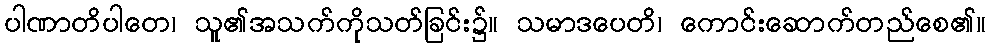
ပါဏာတိပါတေ၊ သူ၏အသက်ကိုသတ်ခြင်း၌။ သမာဒပေတိ၊ ကောင်းဆောက်တည်စေ၏။